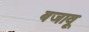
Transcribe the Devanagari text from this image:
बजावू